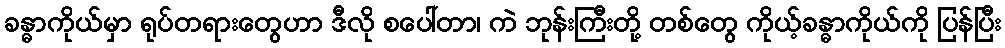
ခန္ဓာကိုယ်မှာ ရုပ်တရားတွေဟာ ဒီလို စပေါ်တာ၊ ကဲ ဘုန်းကြီးတို့ တစ်တွေ ကိုယ့်ခန္ဓာကိုယ်ကို ပြန်ပြီး